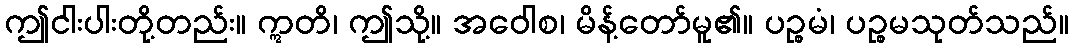
ဤငါးပါးတို့တည်း။ ဣတိ၊ ဤသို့။ အဝေါစ၊ မိန့်တော်မူ၏။ ပဉ္စမံ၊ ပဉ္စမသုတ်သည်။